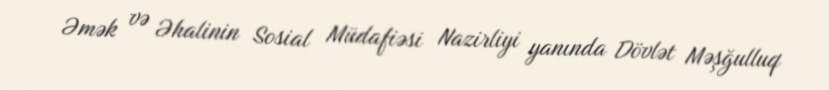
Əmək və Əhalinin Sosial Müdafiəsi Nazirliyi yanında Dövlət Məşğulluq